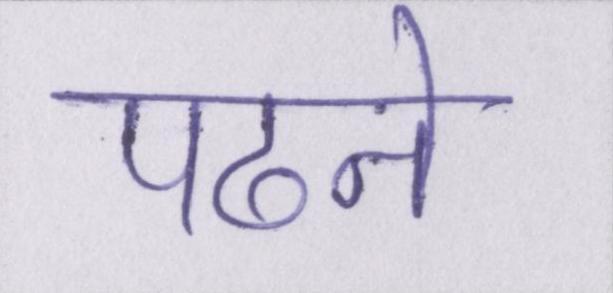
पढने